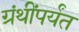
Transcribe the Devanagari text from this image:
ग्रंथींपर्यंत